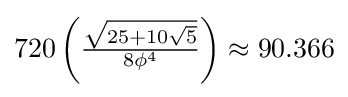
720\left({\tfrac {\sqrt {25+10{\sqrt {5}}}}{8\phi ^{4}}}\right)\approx 90.366